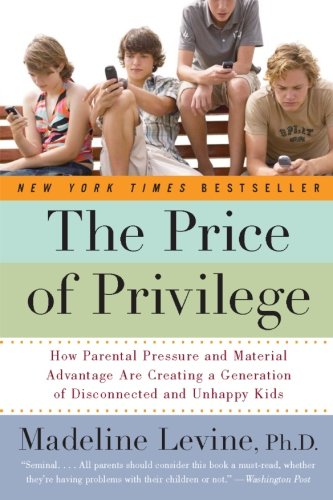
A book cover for The Price of Privilege: How Parental Pressure and Material Advantage Are Creating a Generation of Disconnected and Unhappy Kids; Madeline, PhD Levine; Parenting & Relationships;